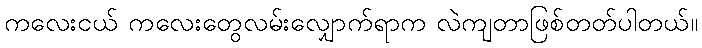
ကလေးငယ် ကလေးတွေလမ်းလျှောက်ရာက လဲကျတာဖြစ်တတ်ပါတယ်။